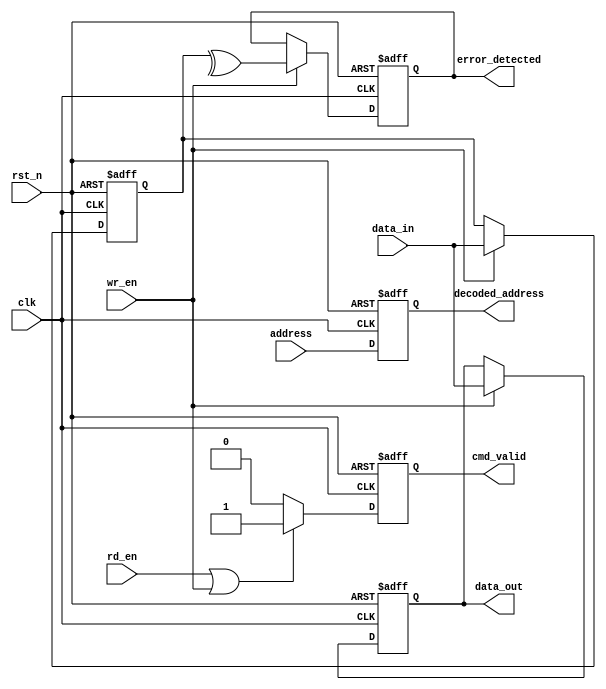
module io_block (
    input wire clk,
    input wire rst_n,
    input wire [31:0] data_in,
    output wire [31:0] data_out,
    input wire rd_en,
    input wire wr_en,
    input wire [15:0] address,
    output wire [15:0] decoded_address,
    output wire cmd_valid,
    output wire error_detected
);

// Data I/O Buffers
reg [31:0] data_buffer;
assign data_out = data_buffer;

always @(posedge clk or negedge rst_n) begin
    if (!rst_n)
        data_buffer <= 32'b0;
    else if (wr_en)
        data_buffer <= data_in; // Write data to buffer
end

// Address Decoder
reg [15:0] addr_decoded;

assign decoded_address = addr_decoded;

always @(posedge clk or negedge rst_n) begin
    if (!rst_n)
        addr_decoded <= 16'b0;
    else
        addr_decoded <= address; // Decode address
end

// Command Interface
reg cmd_valid_reg;

assign cmd_valid = cmd_valid_reg;

always @(posedge clk or negedge rst_n) begin
    if (!rst_n)
        cmd_valid_reg <= 1'b0;
    else if (rd_en || wr_en)
        cmd_valid_reg <= 1'b1; // Set command valid if read/write enabled
    else
        cmd_valid_reg <= 1'b0;
end

// Error Detection (Simple Parity Check Example)
reg [31:0] data_received;
reg error_flag;

assign error_detected = error_flag;

always @(posedge clk or negedge rst_n) begin
    if (!rst_n) begin
        data_received <= 32'b0;
        error_flag <= 1'b0;
    end else if (wr_en) begin
        data_received <= data_in; // Assume data received is the same as data_in
        // Simple even parity check
        error_flag <= ^data_received; // XOR all bits for parity (0 if even)
    end
end

endmodule